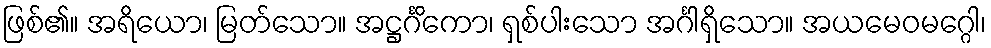
ဖြစ်၏။ အရိယော၊ မြတ်သော။ အဋ္ဌင်္ဂိကော၊ ရှစ်ပါးသော အင်္ဂါရှိသော။ အယမေဝမဂ္ဂေါ၊